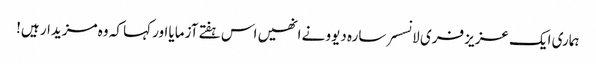
ہماری ایک عزیز فری لانسسر سارہ دیوو نے انھیں اس ہفتے آزمایا اور کہا کہ وہ مزیدار ہیں!